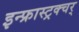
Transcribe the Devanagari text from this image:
इन्फ्रास्ट्रक्चर्